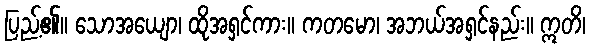
ပြည့်၏။ သောအယျော၊ ထိုအရှင်ကား။ ကတမော၊ အဘယ်အရှင်နည်း။ ဣတိ၊